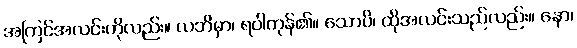
အကြင်အလင်းကိုလည်း။ လဘိမှာ၊ ရပါကုန်၏။ သောပိ၊ ထိုအလင်းသည်လည်း။ နော၊